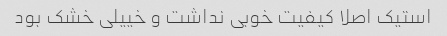
استیک اصلا کیفیت خوبی نداشت و خییلی خشک بود